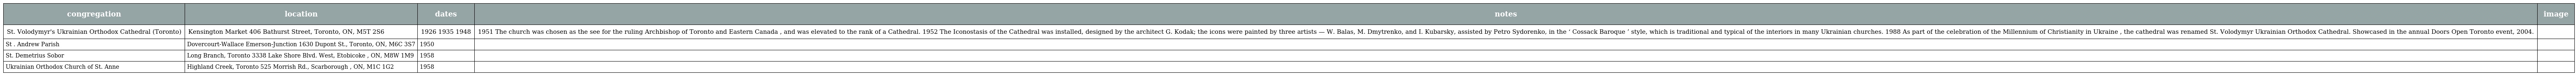
| congregation | location | dates | notes | image |
 | --- | --- | --- | --- | --- |
 | St. Volodymyr's Ukrainian Orthodox Cathedral (Toronto) | Kensington Market 406 Bathurst Street, Toronto, ON, M5T 2S6 | 1926 1935 1948 | 1951 The church was chosen as the see for the ruling Archbishop of Toronto and Eastern Canada , and was elevated to the rank of a Cathedral. 1952 The Iconostasis of the Cathedral was installed, designed by the architect G. Kodak; the icons were painted by three artists — W. Balas, M. Dmytrenko, and I. Kubarsky, assisted by Petro Sydorenko, in the ‘ Cossack Baroque ’ style, which is traditional and typical of the interiors in many Ukrainian churches. 1988 As part of the celebration of the Millennium of Christianity in Ukraine , the cathedral was renamed St. Volodymyr Ukrainian Orthodox Cathedral. Showcased in the annual Doors Open Toronto event, 2004. |  |
 | St . Andrew Parish | Dovercourt-Wallace Emerson-Junction 1630 Dupont St., Toronto, ON, M6C 3S7 | 1950 |  |  |
 | St. Demetrius Sobor | Long Branch, Toronto 3338 Lake Shore Blvd. West, Etobicoke , ON, M8W 1M9 | 1958 |  |  |
 | Ukrainian Orthodox Church of St. Anne | Highland Creek, Toronto 525 Morrish Rd., Scarborough , ON, M1C 1G2 | 1958 |  |  |